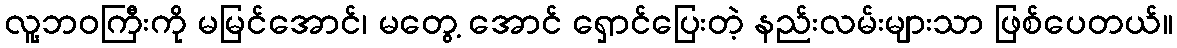
လူ့ဘဝကြီးကို မမြင်အောင်၊ မတွေ့ အောင် ရှောင်ပြေးတဲ့ နည်းလမ်းများသာ ဖြစ်ပေတယ်။